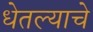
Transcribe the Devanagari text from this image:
धेतल्याचे